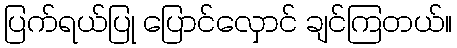
ပြက်ရယ်ပြု ပြောင်လှောင် ချင်ကြတယ်။